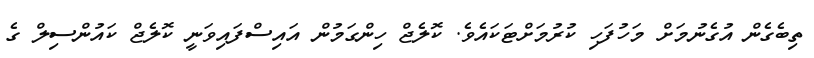
ތިބެގެން އުގެނުމަށް މަހުފަހި ކުރުމަށްޓަކައެވެ. ކޮލެޖް ހިންގަމުން އައިސްފައިވަނީ ކޮލެޖް ކައުންސިލް ގެ